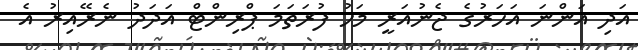
އަދި އަންނަ އަހަރުގެ ޖެނުއަރީ މަހު ފުރަތަމަ ޕްރިންޓް އަދަދު ނެރޭއިރު އެ